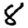
Digit: 8